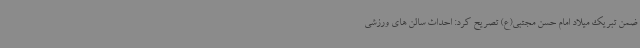
ضمن تبریک میلاد امام حسن مجتبی(ع) تصریح کرد: احداث سالن های ورزشی